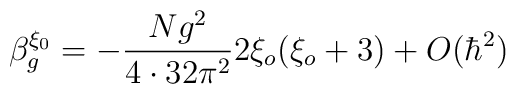
\beta^{\xi_0}_g=  - \frac {N g^2}{4\cdot 32 \pi^2}2 \xi_o ( \xi_o + 3) + O (\hbar^2)